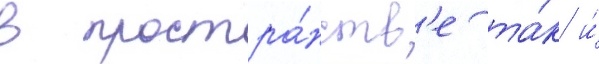
в простра́нств'е та́к и́